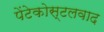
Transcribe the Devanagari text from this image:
पेंटेकोस्टलवाद